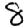
Digit: 8